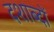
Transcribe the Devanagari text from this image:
दशाब्दों